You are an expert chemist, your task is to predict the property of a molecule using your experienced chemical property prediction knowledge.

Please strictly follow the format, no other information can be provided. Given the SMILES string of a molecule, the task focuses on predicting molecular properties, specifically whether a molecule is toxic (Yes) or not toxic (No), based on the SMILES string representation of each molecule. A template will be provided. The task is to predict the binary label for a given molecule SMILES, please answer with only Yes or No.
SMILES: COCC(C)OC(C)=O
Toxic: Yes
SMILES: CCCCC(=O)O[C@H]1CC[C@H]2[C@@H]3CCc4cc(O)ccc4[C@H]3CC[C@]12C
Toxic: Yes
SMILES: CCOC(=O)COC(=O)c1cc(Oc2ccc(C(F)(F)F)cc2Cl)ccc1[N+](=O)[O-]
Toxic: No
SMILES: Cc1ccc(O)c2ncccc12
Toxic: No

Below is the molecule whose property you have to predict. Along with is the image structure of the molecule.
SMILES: CNC(C)CC1CCCCC1
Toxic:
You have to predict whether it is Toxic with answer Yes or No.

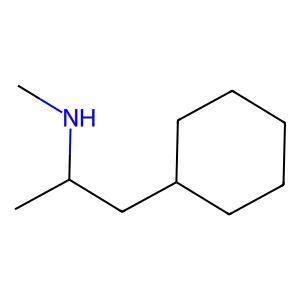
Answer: No